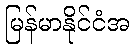
မြန်မာနိုင်ငံအ